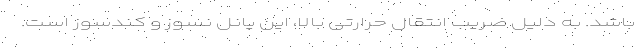
باشد. به دلیل ضریب انتقال حرارتی بالا، این پانل نسوز و کندسوز است.